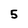
Character: 5